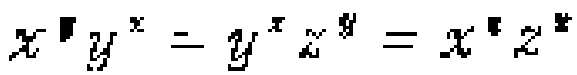
$x^{y}y^{x}=y^{x}z^{y}=x^{z}z^{x}$